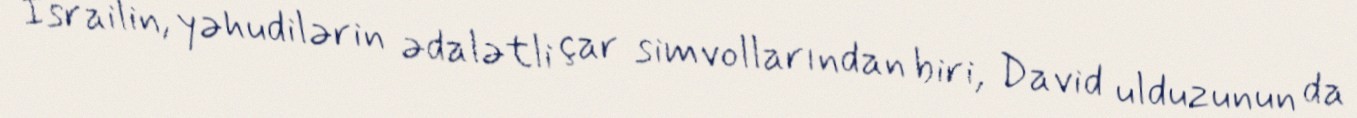
İsrailin, yəhudilərin ədalətli çar simvollarından biri, David ulduzunun da